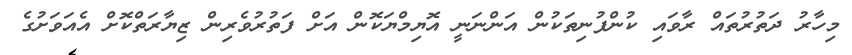
މިހާރު ދަތުރުތައް ރާވައި ކުންފުނިތަކުން އަންނަނީ އޮޔިމްޔަކޮން އަށް ފަތުރުވެރިން ޒިޔާރަތްކޮށް އެއަވަށުގެ